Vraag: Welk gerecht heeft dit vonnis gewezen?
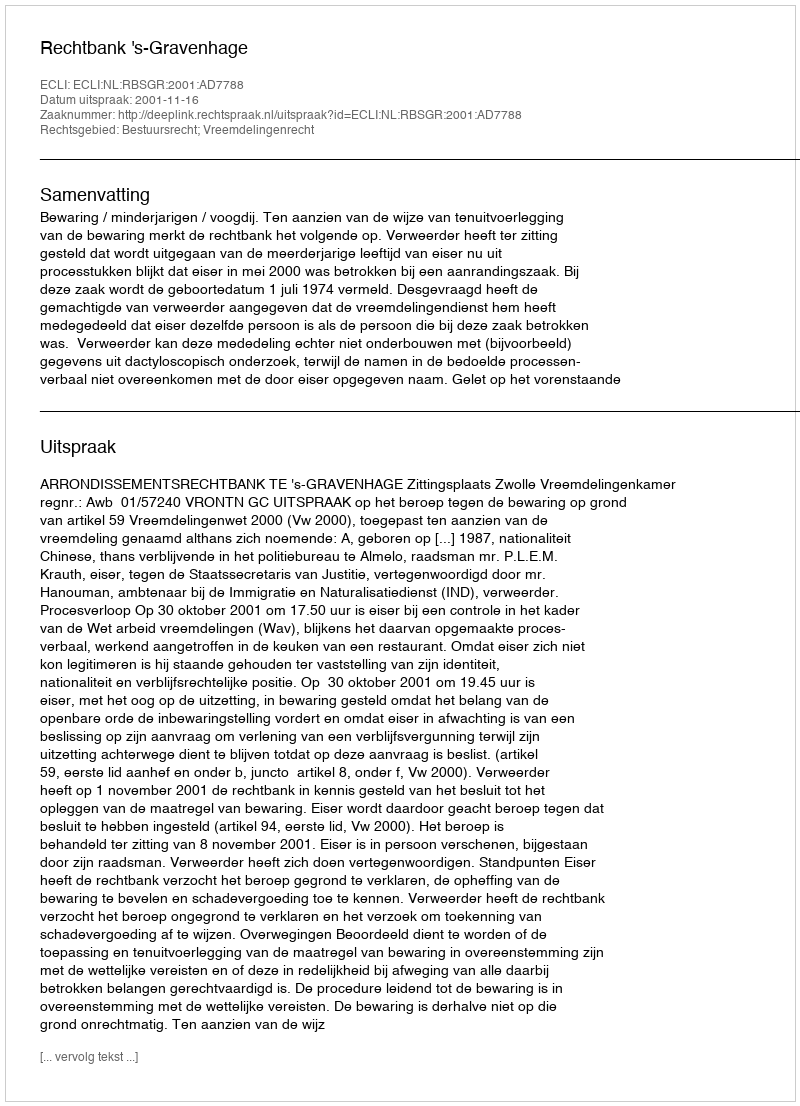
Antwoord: Rechtbank 's-Gravenhage